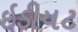
ઇડીયટ